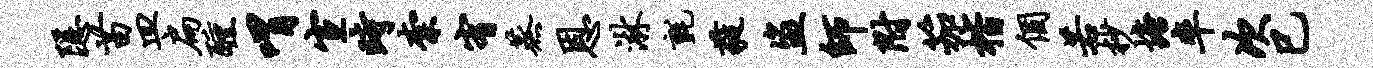
隐苗皿扁醺喟宣时柰宥蒸恩淋毡蕤盗师附笳楷个若杪塘率次巳